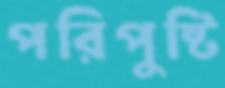
পরিপুষ্টি